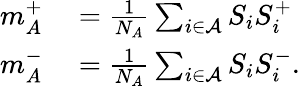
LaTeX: \begin{array}{rl}{m_{A}^{+}}&{{}=\frac{1}{N_{A}}\sum_{i\in{\cal A}}S_{i}S_{i}^{+}}\\ {m_{A}^{-}}&{{}=\frac{1}{N_{A}}\sum_{i\in{\cal A}}S_{i}S_{i}^{-}.}\end{array}